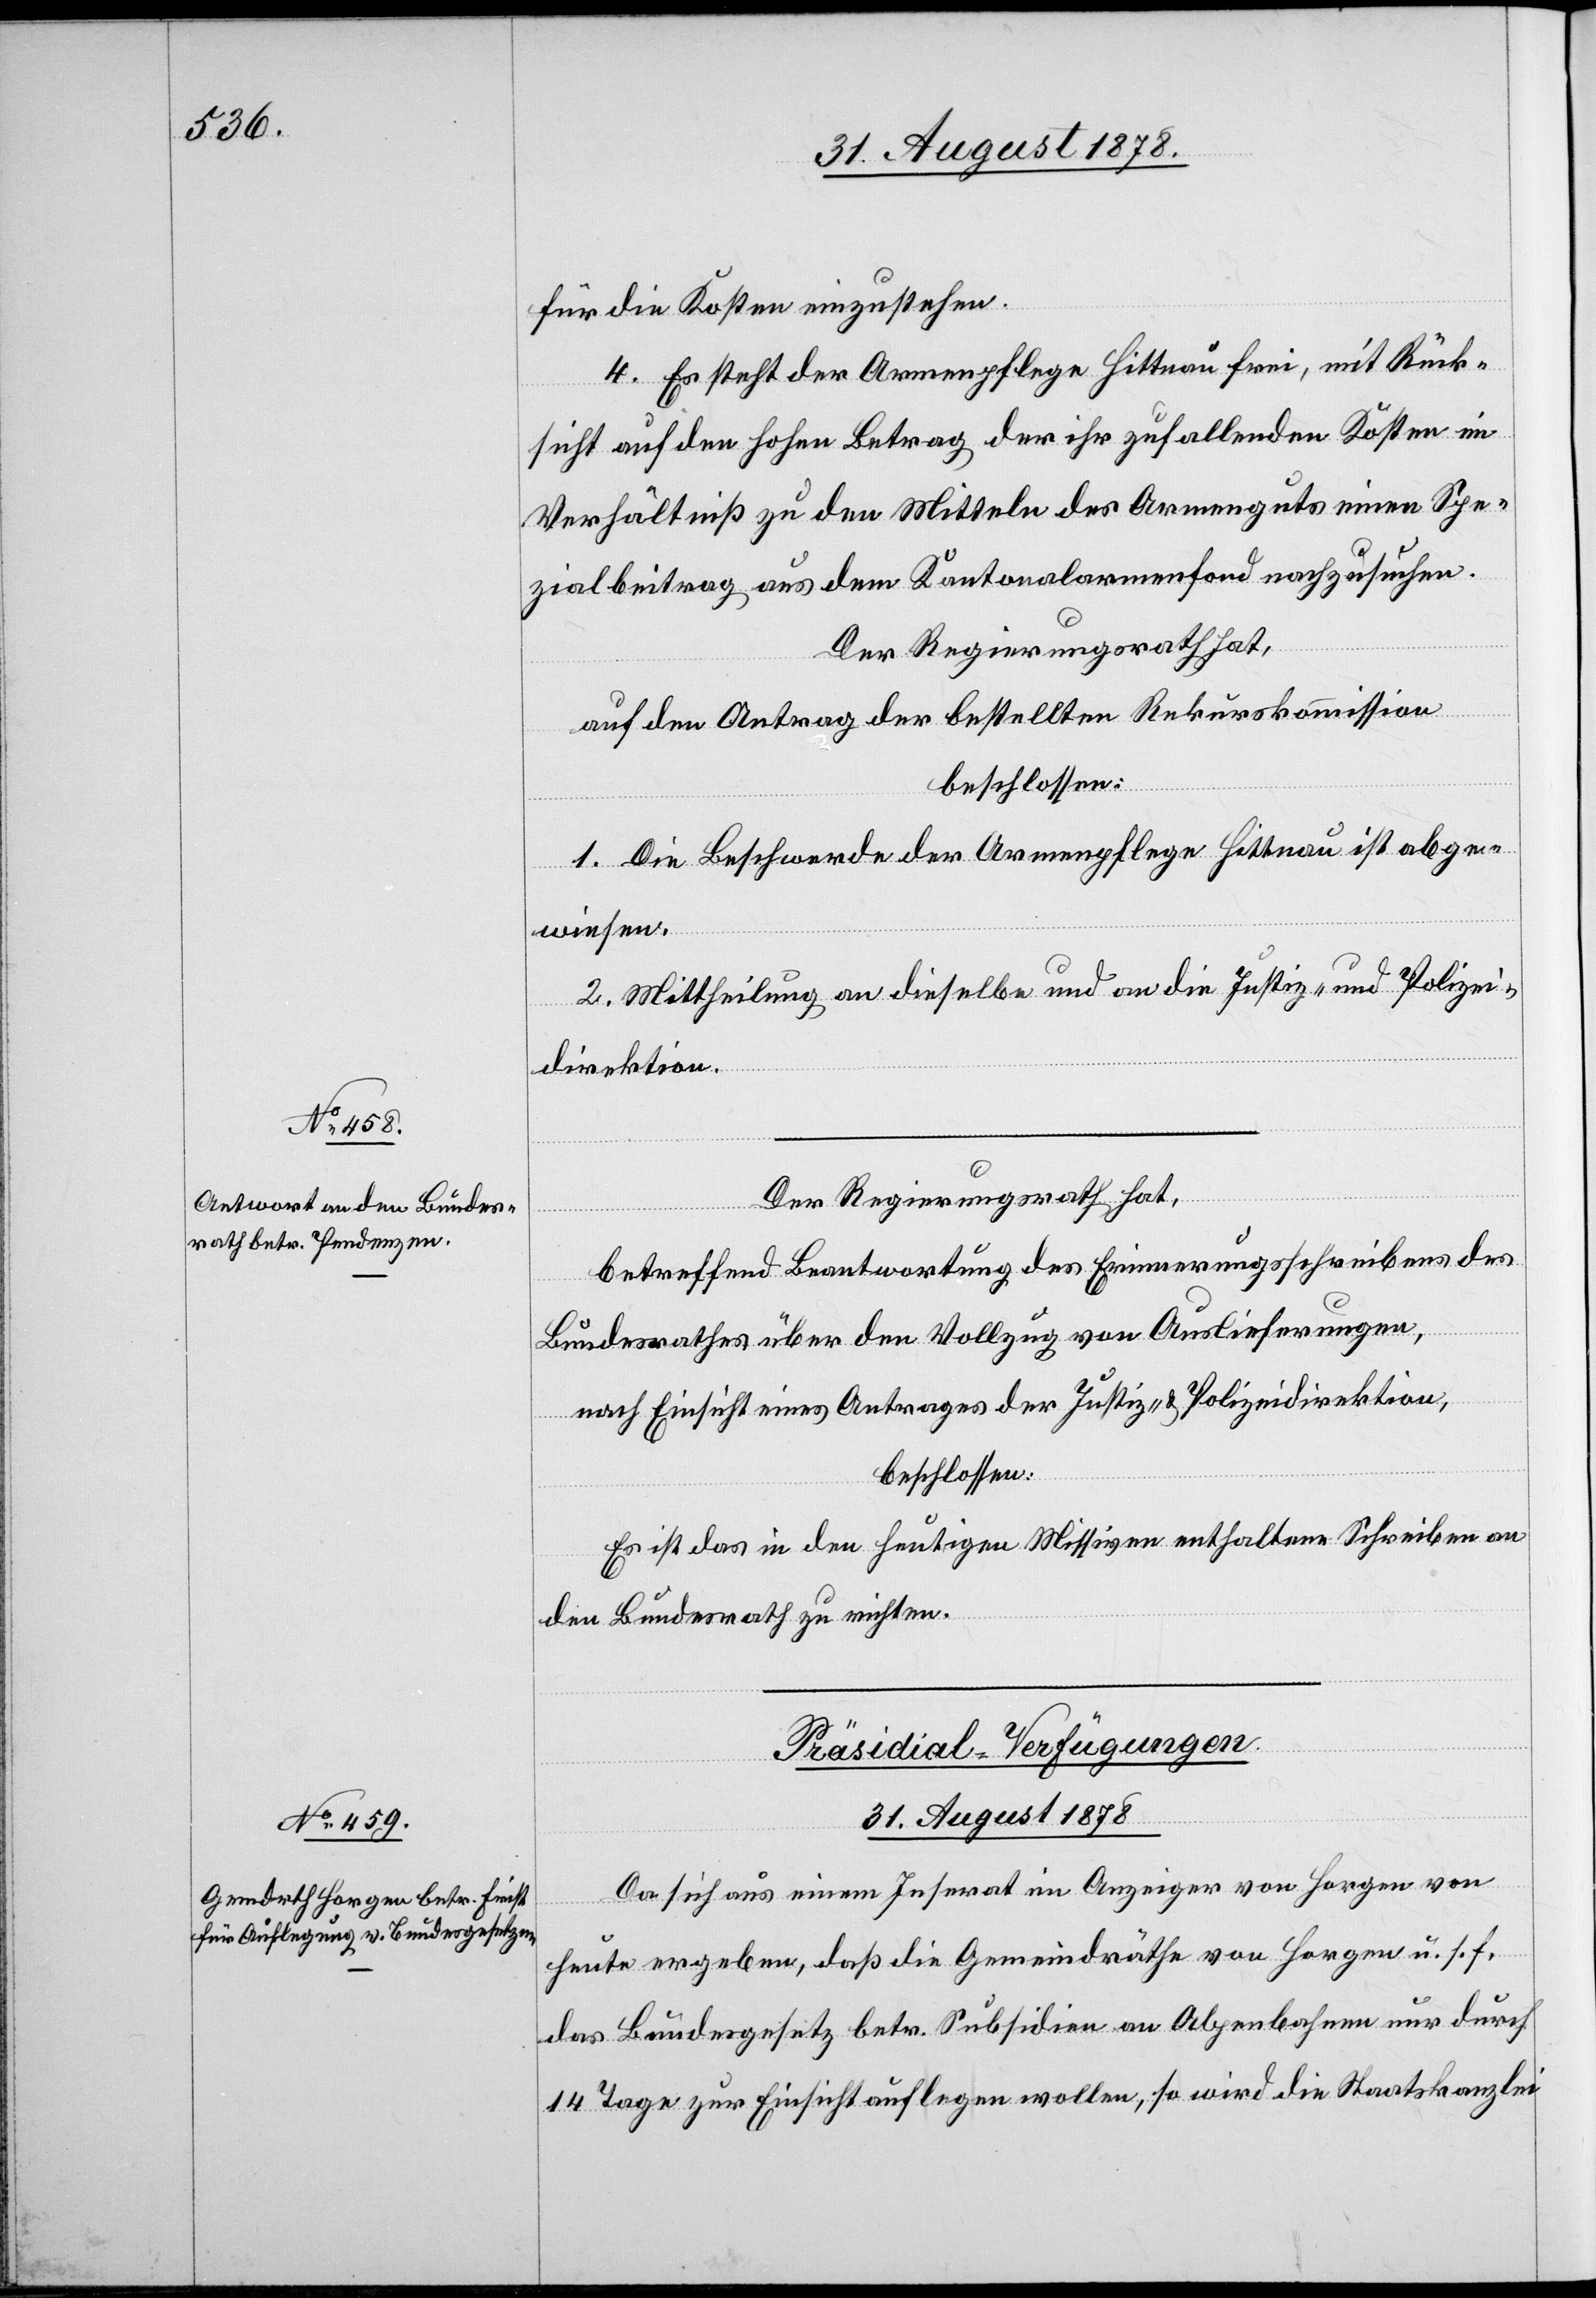
für die Kosten einzustehen.
4. Es steht der Armenpflege Hittnau frei, mit Rück¬
sicht auf den hohen Betrag der ihr zufallenden Kosten im
Verhältniß zu den Mitteln des Armenguts einen Spe¬
zialbeitrag aus dem Kantonalarmenfond nachzusuchen.
Der Regierungsrath hat,
auf den Antrag der bestellten Rekurskommission
beschlossen:
1. Die Beschwerde der Armenpflege Hittnau ist abge¬
wiesen.
2. Mittheilung an dieselbe und an die Justiz- & Polizei¬
direktion.
Der Regierungsrath hat,
betreffend Beantwortung des Erneuerungsschreibens des
Bundesrathes über den Vollzug von Auslieferungen,
nach Einsicht eines Antrages der Justiz- & Polizeidirektion,
beschlossen:
Es ist das in den heutigen Missiven enthaltene Schreiben an
den Bundesrath zu richten.
Präsidial-Verfügungen
31. August 1878
Da sich aus einem Inserat im Anzeiger von Horgen von
heute ergeben, daß die Gemeindräthe von Horgen u. s. f.
das Bundesgesetz betr. Subsidien an Alpenbahnen nur durch
14 Tage zur Einsicht auflegen wollen, so wird die Staatskanzlei